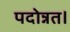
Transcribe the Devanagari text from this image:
पदोन्नत।